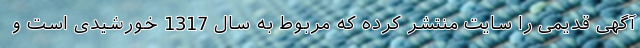
آگهی قدیمی را سایت منتشر کرده که مربوط به سال 1317 خورشیدی است و